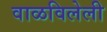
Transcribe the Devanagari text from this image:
वाळविलेली